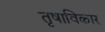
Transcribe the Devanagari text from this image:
तृषाविकार